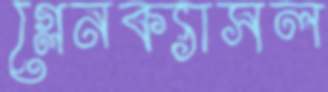
গ্লেনক্যাসল